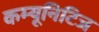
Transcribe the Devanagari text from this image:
कम्यूनिटिज